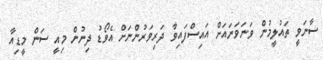
ސާނަވީ ތައުލީމުން ވަނަވަނައަށް އައިސްފައިވާ ދަރިވަރުންނަށް އެވޯޑު ދިނުން މިއީ ސަން މީޑިއާ